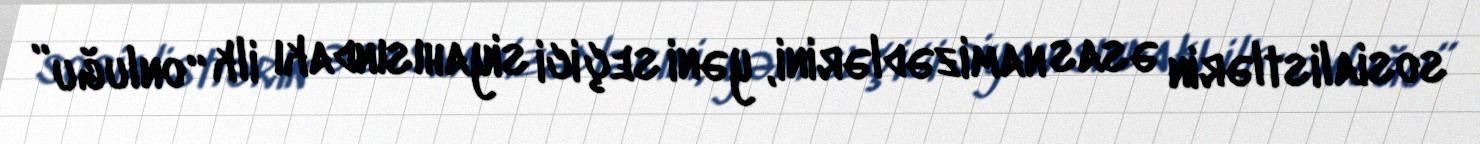
sosialistlərin əsas namizədlərini, yəni seçici siyahısındakı ilk “onluğu”